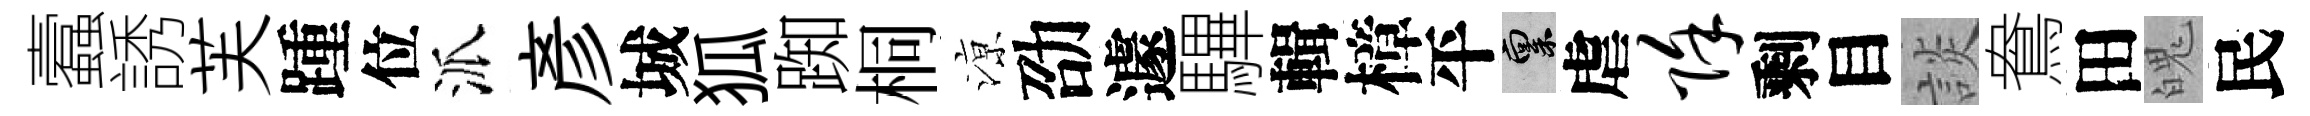
蠧誘芙踵位派彥城狐踟桐鿌劭遽驆輯樟平禀虐除剩目談鴦田魄民